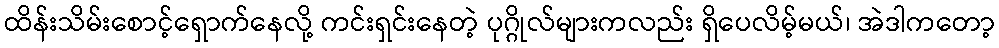
ထိန်းသိမ်းစောင့်ရှောက်နေလို့ ကင်းရှင်းနေတဲ့ ပုဂ္ဂိုလ်များကလည်း ရှိပေလိမ့်မယ်၊ အဲဒါကတော့